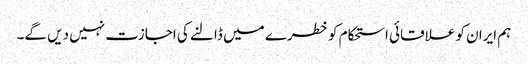
ہم ایران کو علاقائی استحکام کو خطرے میں ڈالنے کی اجازت نہیں دیں گے۔